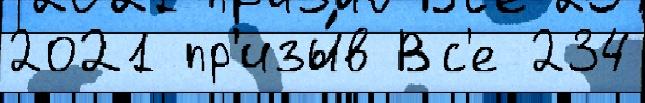
2021 пр'изы́в Вс'е 234